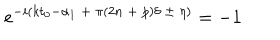
LaTeX: e ^ { - i ( k t _ { 0 } - \alpha _ { 1 } \ + \ \pi ( 2 n \ + \ p ) \delta \ \pm \ \eta ) } = - 1